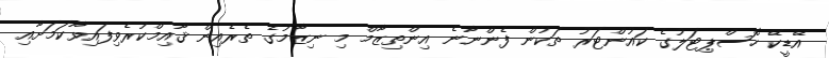
އޭޑީކޭ ހޮސްޕިޓަލުގެ ކައުންޓަރު ތަކުން ފެންނާނެ އިންތިޒާމް މި ނިޒާމުގެ ތެރެއިން ޤާއިމްކުރެވިފައިވާކަމަށާއި